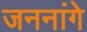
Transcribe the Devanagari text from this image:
जननांगे